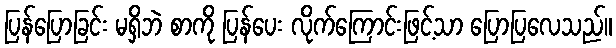
ပြန်ပြောခြင်း မရှိဘဲ စာကို ပြန်ပေး လိုက်ကြောင်းဖြင့်သာ ပြောပြလေသည်။